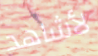
لأشاهد